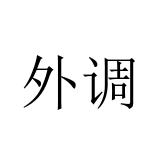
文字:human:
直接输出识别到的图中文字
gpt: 外调